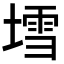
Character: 𡐅